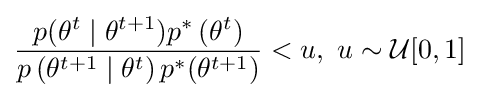
{\frac {p(\mathbf {\theta } ^{t}\mid \mathbf {\theta } ^{t+1})p^{*}\left(\mathbf {\theta } ^{t}\right)}{p\left(\mathbf {\theta } ^{t+1}\mid \mathbf {\theta } ^{t}\right)p^{*}(\mathbf {\theta } ^{t+1})}}<u,\ u\sim {\mathcal {U}}[0,1]